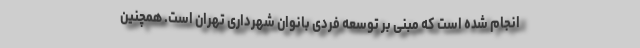
انجام شده است که مبنی بر توسعه فردی بانوان شهرداری تهران است. همچنین